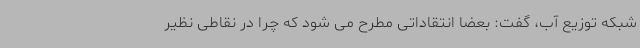
شبکه توزیع آب، گفت: بعضا انتقاداتی مطرح می شود که چرا در نقاطی نظیر